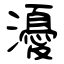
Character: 瀀